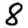
Digit: 8